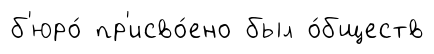
б'юро́ пр'исво́ено был о́бществ